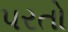
પરતો